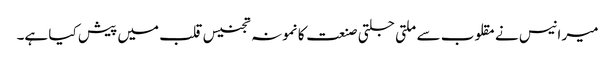
میر انیس نے مقلوب سے ملتی جلتی صنعت کا نمونہ تجنیس قلب میں پیش کیا ہے۔